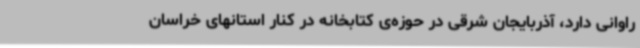
راوانی دارد، آذربایجان شرقی در حوزه‌ی کتابخانه در کنار استانهای خراسان